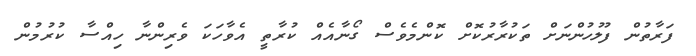
ފަރާތުން ފުލުހުންނަށް ތަކުރާރުކޮށް ކޮންމެވެސް ގޯނާއެއް ކުރާތީ އެވާހަކަ ވެރިންނާ ހިއްސާ ކުރުމުން